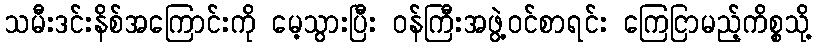
သမီးဒင်းနိစ်အကြောင်းကို မေ့သွားပြီး ဝန်ကြီးအဖွဲ့ဝင်စာရင်း ကြေငြာမည့်ကိစ္စသို့